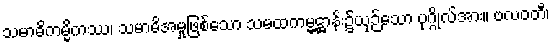
သမာဓိကမ္မိကဿ၊ သမာဓိအမှုဖြစ်သော သမထကမ္မဋ္ဌာန်း၌ယှဉ်သော ပုဂ္ဂိုလ်အား။ ဗလဝတီ၊